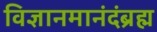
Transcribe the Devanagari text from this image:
विज्ञानमानंदंब्रह्म